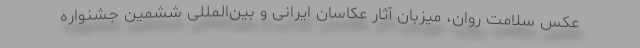
عکس سلامت روان، میزبان آثار عکاسان ایرانی و بین‌المللی ششمین جشنواره